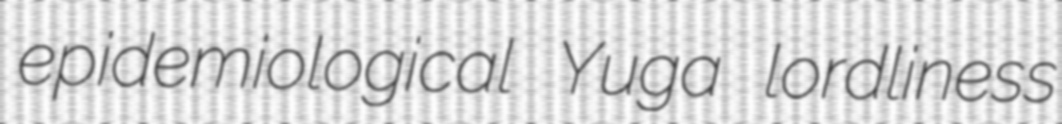
epidemiological Yuga lordliness